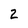
Character: 2